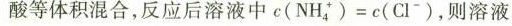
酸等体积混合，反应后溶液中c(NH^{+}_{4})=c(Cl^{-})，则溶液